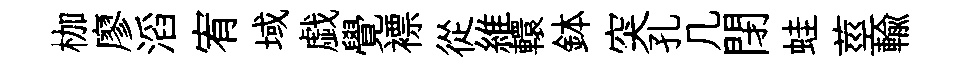
枷廖滔宥域戯覺褾從維轘鉢突孔几閉蛙莖輸